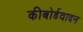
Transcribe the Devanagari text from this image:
कीबोर्डवादन